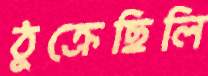
ঠুক্‌রেছিলি